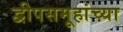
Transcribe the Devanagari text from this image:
द्वीपसमूहांच्या